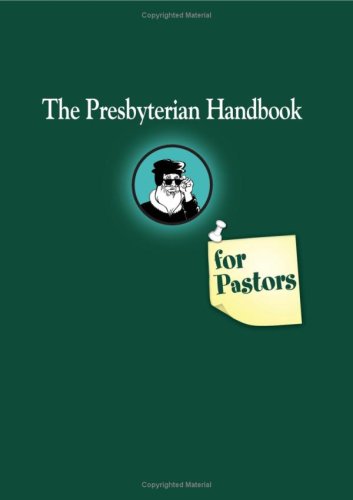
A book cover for The Presbyterian Handbook for Pastors; Geneva Press; Christian Books & Bibles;